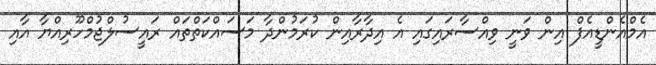
އެމްއެންޑީއެފް އިން ވަނީ ވިއްސާރައިގައި އެ އިދާރާއިން ކުރަމުންދާ މަސައްކަތްތައް ރައީސުލްޖުމްހޫރިއްޔާ އާއި